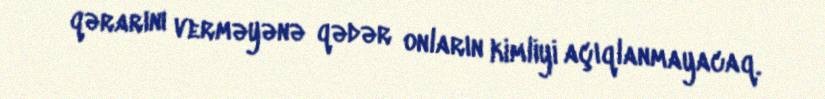
qərarını verməyənə qədər onların kimliyi açıqlanmayacaq.